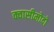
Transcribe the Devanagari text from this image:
क्वासीमोदो